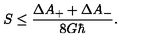
S \leq { \frac { \Delta A _ { + } + \Delta A _ { - } } { 8 G \hbar } } .